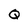
Character: Q